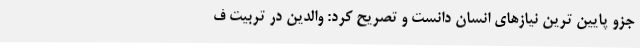
جزو پایین ترین نیازهای انسان دانست و تصریح کرد: والدین در تربیت ف